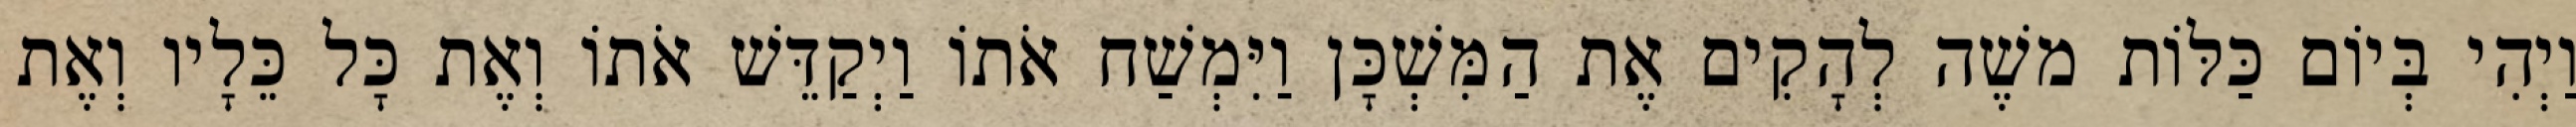
וַיְהִי בְּיוֹם כַּלּוֹת משֶׁה לְהָקִים אֶת הַמִּשְׁכָּן וַיִּמְשַׁח אֹתוֹ וַיְקַדֵּשׁ אֹתוֹ וְאֶת כָּל כֵּלָיו וְאֶת